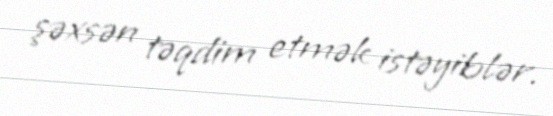
şəxsən təqdim etmək istəyiblər.